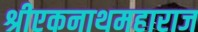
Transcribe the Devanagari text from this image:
श्रीएकनाथमहाराज